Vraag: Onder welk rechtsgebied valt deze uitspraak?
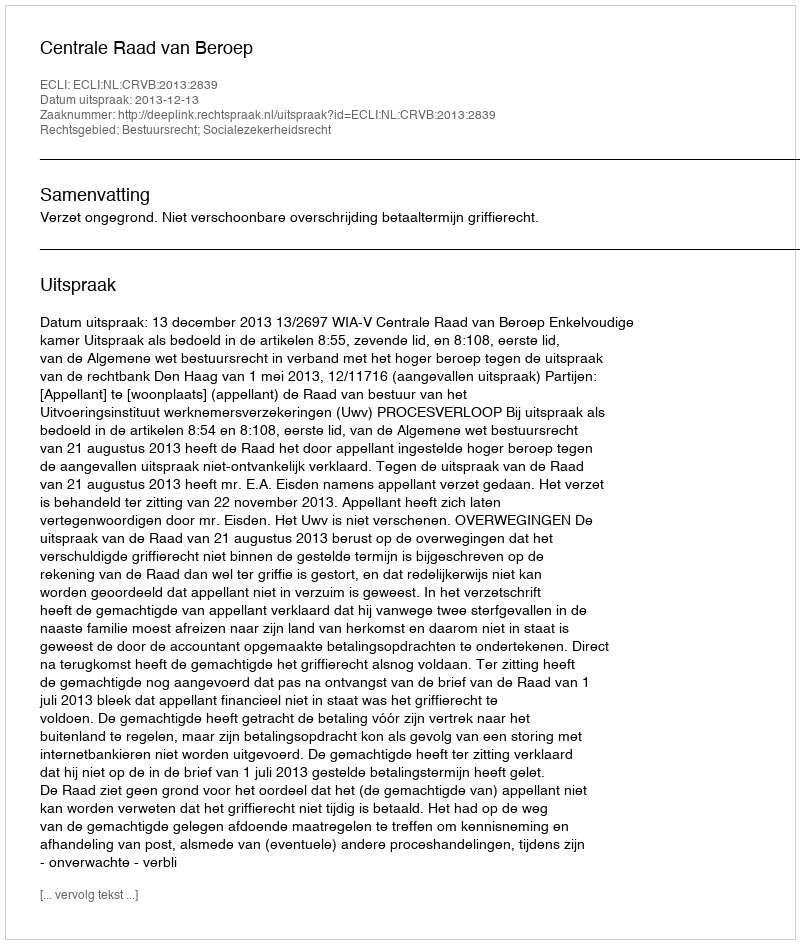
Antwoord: Bestuursrecht; Socialezekerheidsrecht